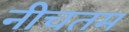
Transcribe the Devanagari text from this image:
नीचतम